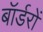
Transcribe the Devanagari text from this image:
बॉर्डरों